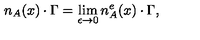
n _ { A } ( x ) \cdot \Gamma = \lim _ { \epsilon \to 0 } n _ { A } ^ { e } ( x ) \cdot \Gamma ,